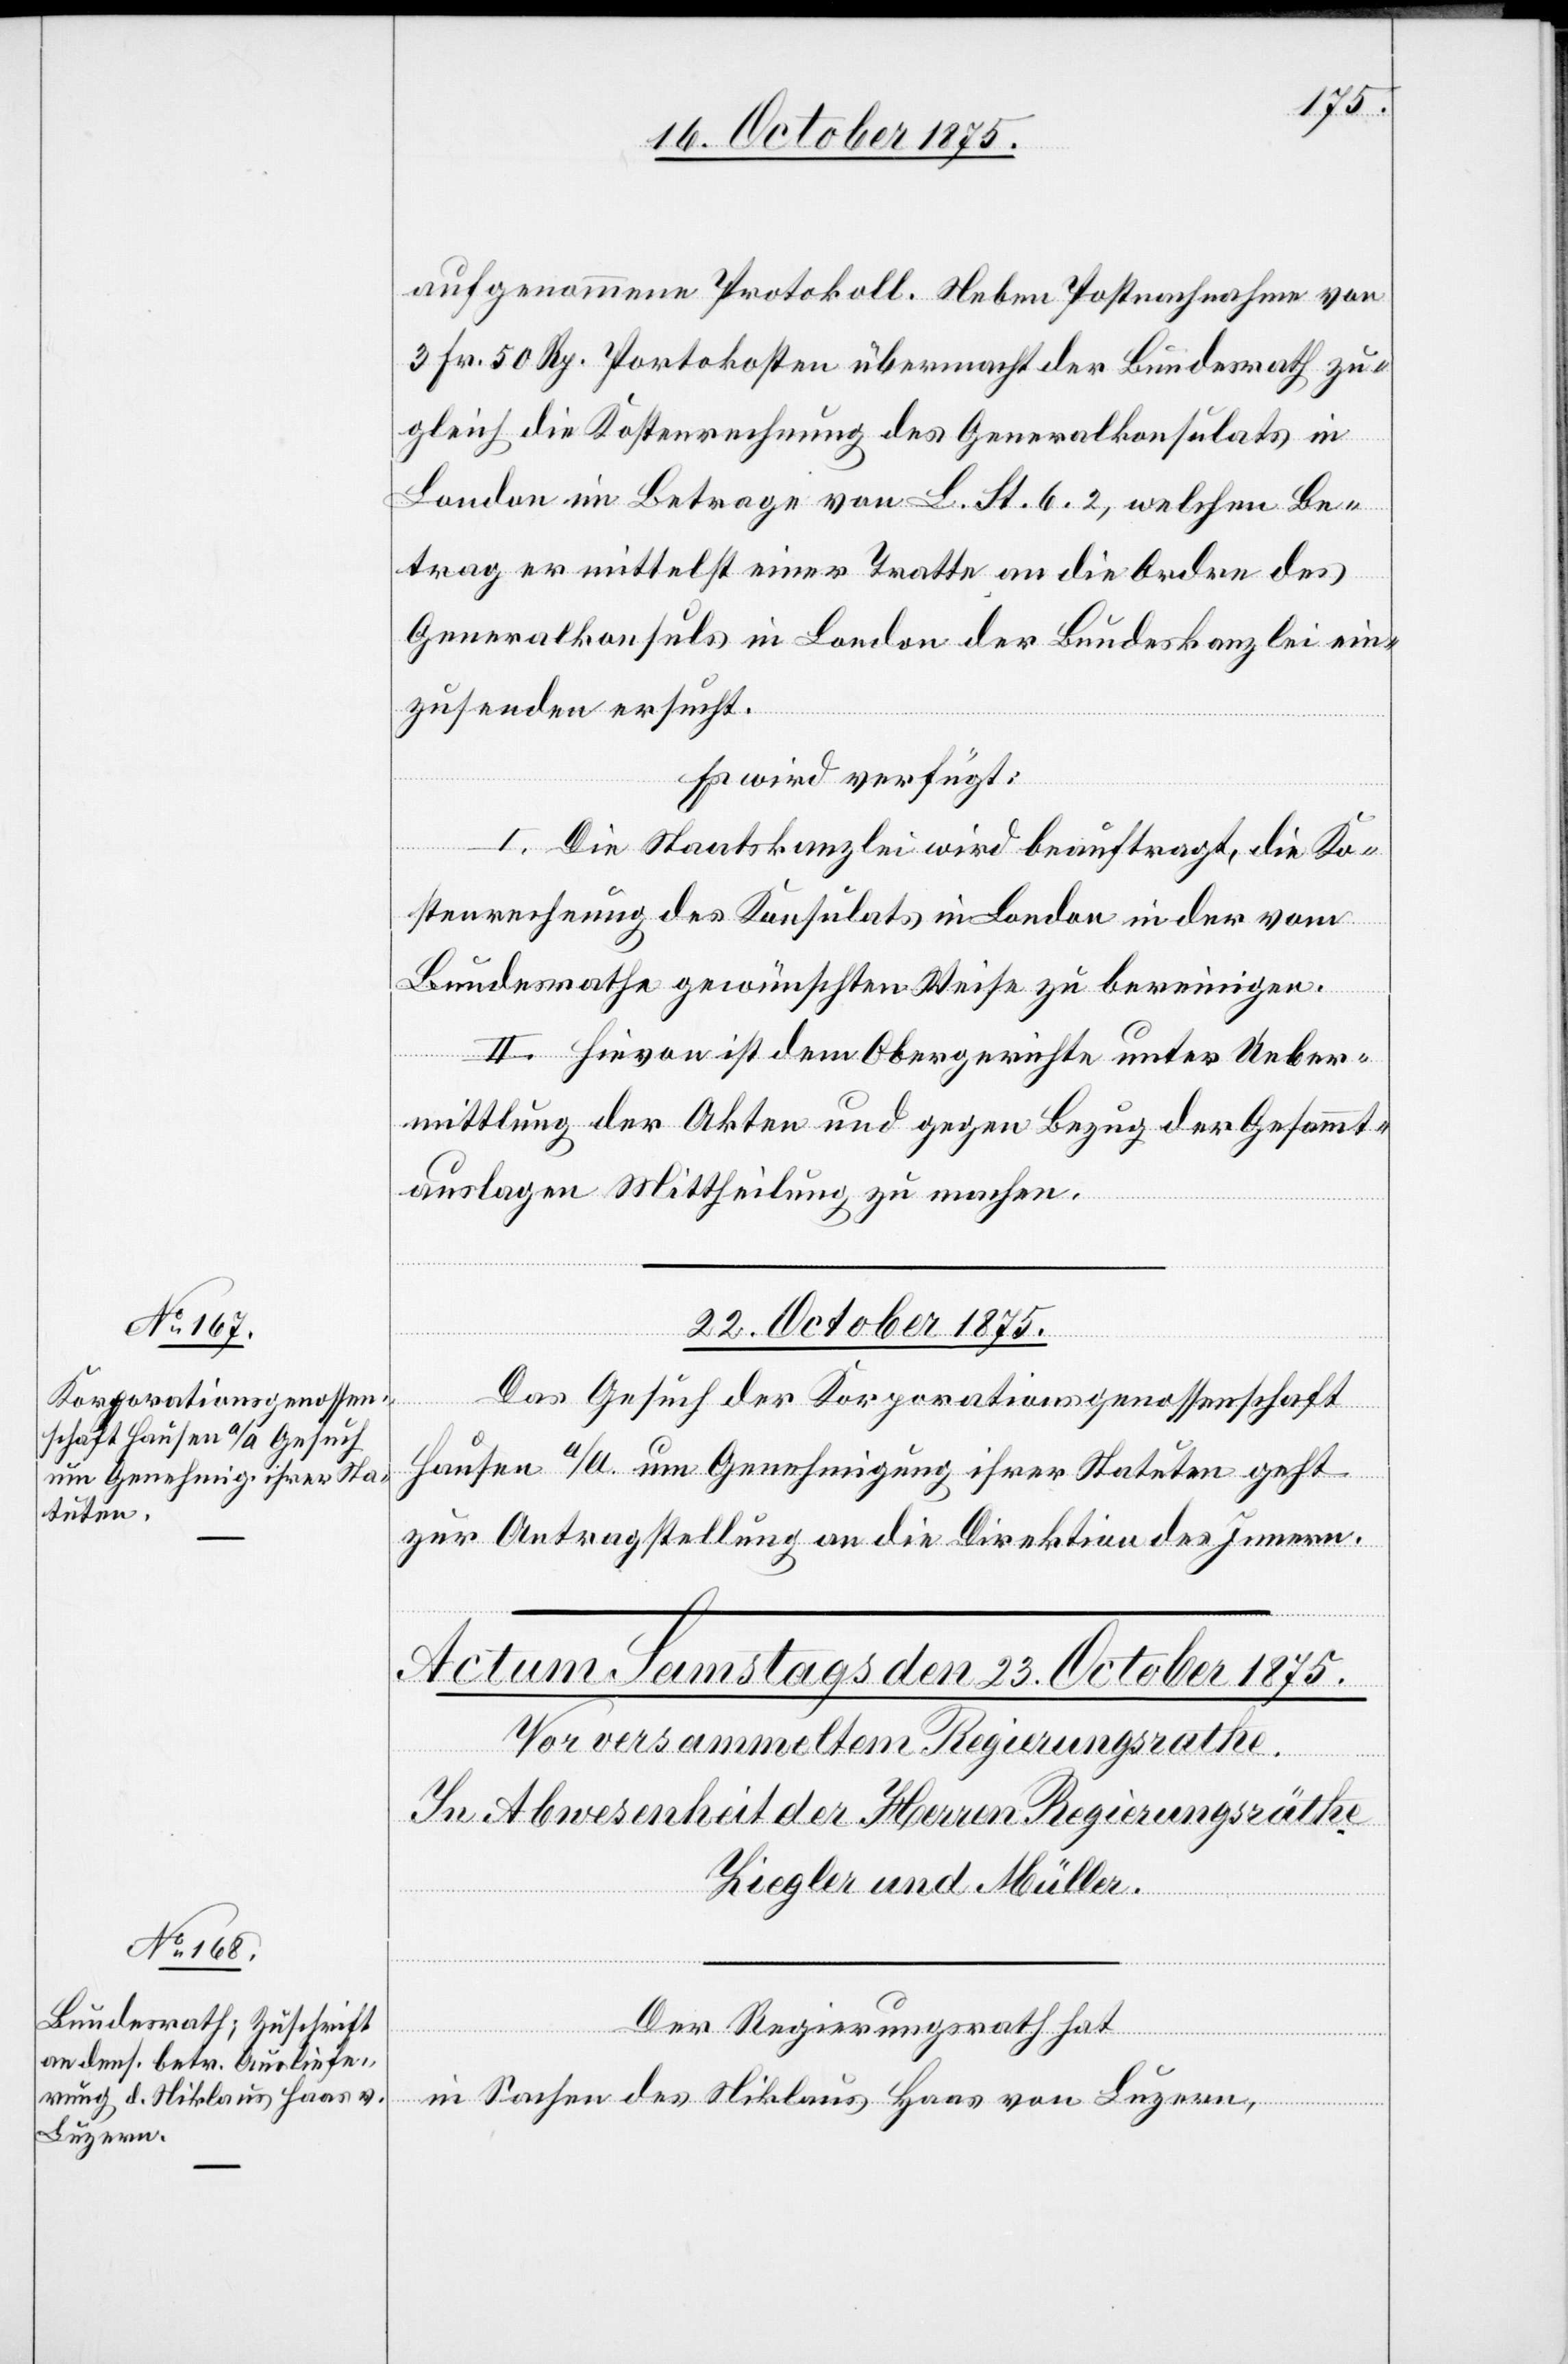
aufgenommene Protokoll. Neben Postnachnahme von
3 Fr. 50 Rp. Portokosten übermacht der Bundesrath zu¬
gleich die Kostenrechnung des Generalkonsulats in
London im Betrage von £. St. 6.2, welchen Be¬
trag er mittelst einer Tratte an die Ordre des
Generalkonsuls in London der Bundeskanzlei ein¬
zusenden ersucht.
Es wird verfügt:
I. Die Staatskanzlei wird beauftragt, die Ko¬
stenrechnung des Konsulats in London in der vom
Bundesrathe gewünschten Weise zu bereinigen.
II. Hievon ist dem Obergerichte unter Ueber¬
mittlung der Akten und gegen Bezug der Gesammt¬
auslagen Mittheilung zu machen.
22. October 1875.
Das Gesuch der Korporationsgenossenschaft
Hausen a/A. um Genehmigung ihrer Statuten geht
zur Antragstellung an die Direktion des Innern.
Der Regierungsrath hat
in Sachen des Niklaus Haas von Luzern,